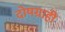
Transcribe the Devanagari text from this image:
दोषग्राही